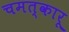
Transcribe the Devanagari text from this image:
चमत्कारू